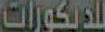
للديكورات